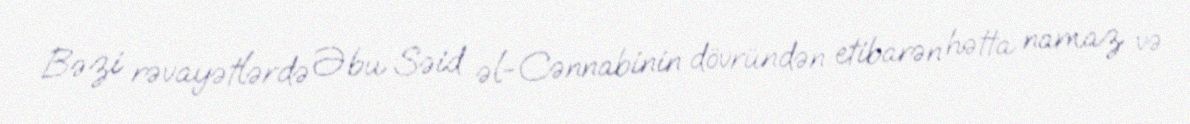
Bəzi rəvayətlərdə Əbu Səid əl-Cənnabinin dövründən etibarən hətta namaz və